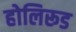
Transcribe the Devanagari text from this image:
होलिरूड